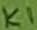
Text: K1